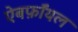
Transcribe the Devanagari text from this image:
ऐबर्फ़ाॅयल